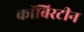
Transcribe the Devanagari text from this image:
कॉबिरटीन